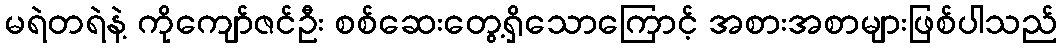
မရဲတရဲနဲ့ ကိုကျော်ဇင်ဦး စစ်ဆေးတွေ့ရှိသောကြောင့် အစားအစာများဖြစ်ပါသည်